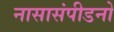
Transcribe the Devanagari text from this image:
नासासंपीडनो